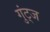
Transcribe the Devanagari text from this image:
गुंट्ज